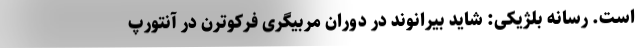
است. رسانه بلژیکی: شاید بیرانوند در دوران مربیگری فرکوترن در آنتورپ